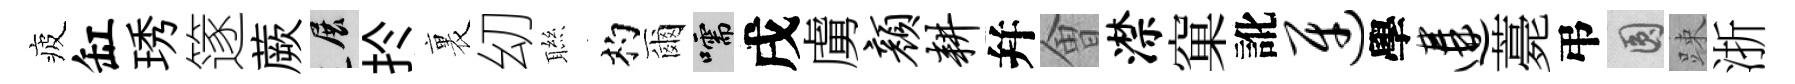
疲缸琇篴蕨展扵裏㓜聮杓爾嚅戌虜颜耕幷㑹潸窠訛迓學遘薧弔圓踈浙